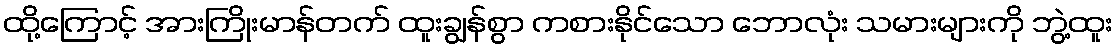
ထို့ကြောင့် အားကြိုးမာန်တက် ထူးချွန်စွာ ကစားနိုင်သော ဘောလုံး သမားများကို ဘွဲ့ထူး